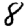
Digit: 8